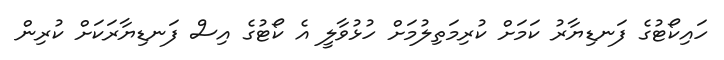
ހައިކޯޓުގެ ފަނޑިޔާރު ކަމަށް ކުރިމަތިލުމަށް ހުޅުވާލީ އެ ކޯޓުގެ އިސް ފަނޑިޔާރަކަށް ކުރިން